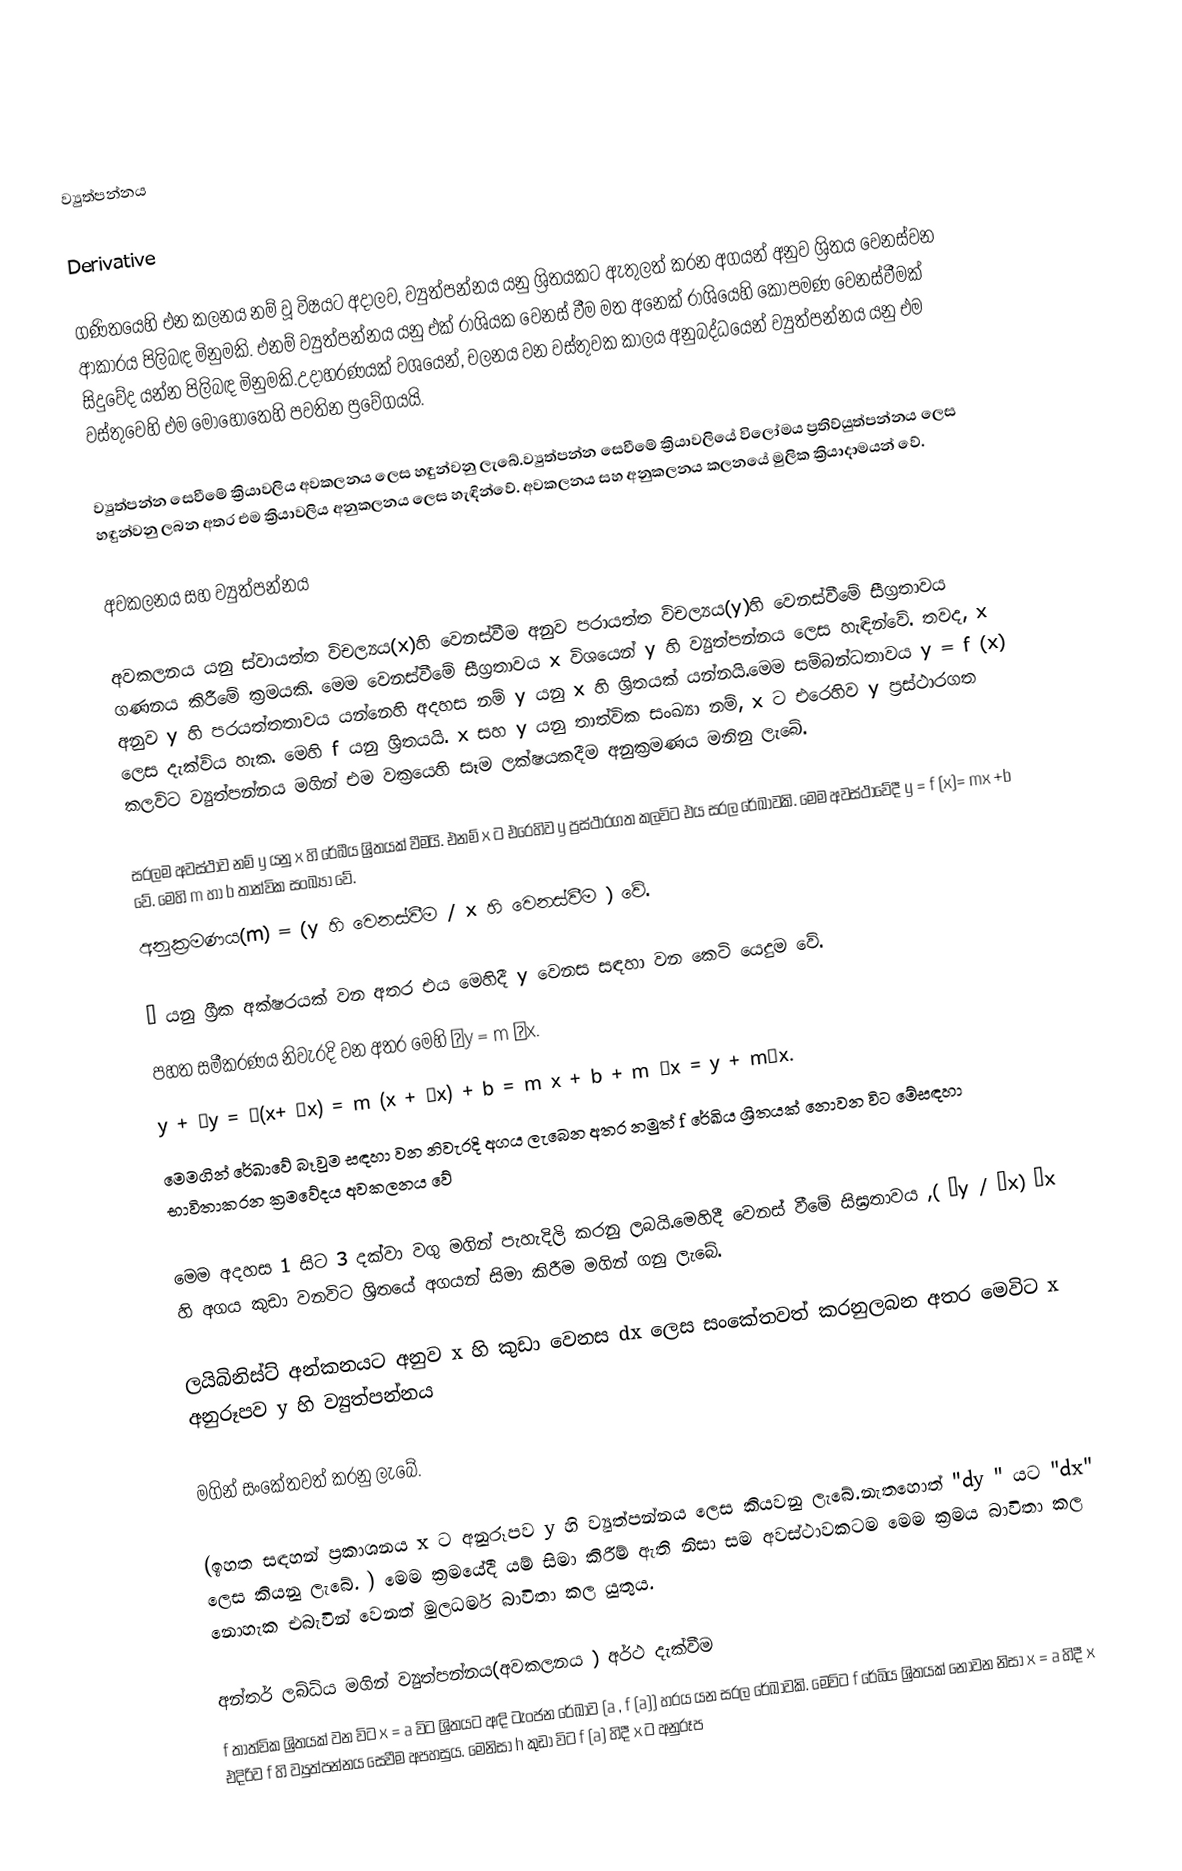

ව්‍යුත්පන්නය

Derivative

ගණිතයෙහි එන කලනය නම් වූ විෂයට අදාලව, ව්‍යුත්පන්නය යනු ශ්‍රිතයකට ඇතුලත් කරන අගයන් අනුව ශ්‍රිතය වෙනස්වන ආකාරය පිලිබඳ මිනුමකි. එනම් ව්‍යුත්පන්නය යනු එක්‌ රාශියක වෙනස් වීම මත අනෙක් රාශියෙහි කොපමණ වෙනස්වීමක් සිදුවේද යන්න පිලිබඳ මිනුමකි.උදාහරණයක් වශයෙන්, චලනය වන වස්තුවක කාලය අනුබද්ධයෙන් ව්‍යුත්පන්නය යනු එම වස්තුවෙහි එම මොහොතෙහි පවතින ප්‍රවේගයයි.

ව්‍යුත්පන්න සෙවීමේ ක්‍රියාවලිය අවකලනය ලෙස හඳුන්වනු ලැබේ.ව්‍යුත්පන්න සෙවීමේ ක්‍රියාවලියේ විලෝමය ප්‍රතිව්යුත්පන්නය ලෙස හඳුන්වනු ලබන අතර එම ක්‍රියාවලිය අනුකලනය ලෙස හැඳින්වේ. අවකලනය සහ අනුකලනය කලනයේ මුලික ක්‍රියාදාමයන් වේ.

අවකලනය සහ ව්‍යුත්පන්නය

අවකලනය යනු ස්වායත්ත විචල්‍යය(x)හි වෙනස්වීම අනුව පරායත්ත විචල්‍යය(y)හි වෙනස්වීමේ සීග්‍රතාවය ගණනය කිරීමේ ක්‍රමයකි. මෙම වෙනස්වීමේ සීග්‍රතාවය x විශයෙන් y හි ව්‍යුත්පන්නය ලෙස හැඳින්වේ. තවද, x අනුව y හි පරයත්තතාවය යන්නෙහි අදහස නම් y යනු x හි ශ්‍රිතයක් යන්නයි.මෙම සම්බන්ධතාවය y = f (x) ලෙස දැක්විය හැක. මෙහි f යනු ශ්‍රිතයයි. x සහ y යනු තාත්වික සංඛ්‍යා නම්, x ට එරෙහිව y ප්‍රස්ථාරගත කලවිට ව්‍යුත්පන්නය මගින් එම වක්‍රයෙහි සෑම ලක්ෂයකදීම අනුක්‍රමණය මනිනු ලැබේ.

සරලම අවස්ථාව නම් y යනු x හි රේඛීය ශ්‍රිතයක් වීමයි. එනම් x ට එරෙහිව y ප්‍රස්ථාරගත කලවිට එය  සරල රේඛාවකි. මෙම අවස්ථාවේදී  y = f (x)= mx +b වේ. මෙහි m හා b තාත්වික සංඛ්‍යා වේ.
අනුක්‍රමණය(m) = (y හි වෙනස්වීම / x හි වෙනස්වීම ) වේ.

Δ යනු ග්‍රීක අක්ෂරයක් වන අතර එය මෙහිදී y වෙනස සඳහා වන කෙටි යෙදුම වේ.
පහත සමීකරණය නිවැරදි වන අතර මෙහි Δy = m Δx.
y + Δy = ƒ(x+ Δx) = m (x + Δx) + b = m x + b + m Δx = y + mΔx.
මෙමගින් රේඛාවේ බෑවුම  සඳහා වන නිවැරදි අගය ලැබෙන අතර නමුත් f  රේඛිය ශ්‍රිතයක් නොවන විට මේසඳහා  භාවිතාකරන  ක්‍රමවේදය අවකලනය වේ

මෙම අදහස 1 සිට 3 දක්වා වගු මගින් පැහැදිලි කරනු ලබයි.මෙහිදී වෙනස් වීමේ සිඝ්‍රතාවය ,( Δy / Δx)    Δx හි අගය කුඩා වනවිට ශ්‍රිතයේ අගයන් සිමා කිරීම මගින් ගනු ලැබේ.

ලයිබිනිස්ට් අන්කනයට අනුව x හි කුඩා වෙනස dx  ලෙස සංකේතවත් කරනුලබන අතර මෙවිට x  අනුරූපව y හි ව්‍යුත්පන්නය

මගින් සංකේතවත් කරනු ලැබේ.

(ඉහත සඳහන් ප්‍රකාශනය x  ට  අනුරූපව y හි ව්‍යුත්පන්නය ලෙස කියවනු ලැබේ.නැතහොත් "dy " යට "dx" ලෙස කියනු ලැබේ. ) මෙම ක්‍රමයේදී  යම් සිමා කිරීම් ඇති නිසා සම අවස්ථාවකටම මෙම ක්‍රමය බාවිතා කල  නොහැක එබැවින් වෙනත් මුලධර්ම බාවිතා කල යුතුය.

අන්තර් ලබ්ධිය  මගින් ව්‍යුත්පන්නය(අවකලනය ) අර්ථ දැක්වීම
f  තාත්වික ශ්‍රිතයක් වන විට x  = a  විට ශ්‍රිතයට අඳි ටැංජන රේඛාව (a , f (a)) හරය යන සරල රේඛාවකි. මෙවිට f රේඛිය ශ්‍රිතයක් නොවන නිසා x = a හිදී x එදිරිව f හි ව්‍යුත්පන්නය සෙවීම අපහසුය. මෙනිසා h  කුඩා    විට f (a) හිදී x ට අනුරූප